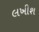
લખીશ